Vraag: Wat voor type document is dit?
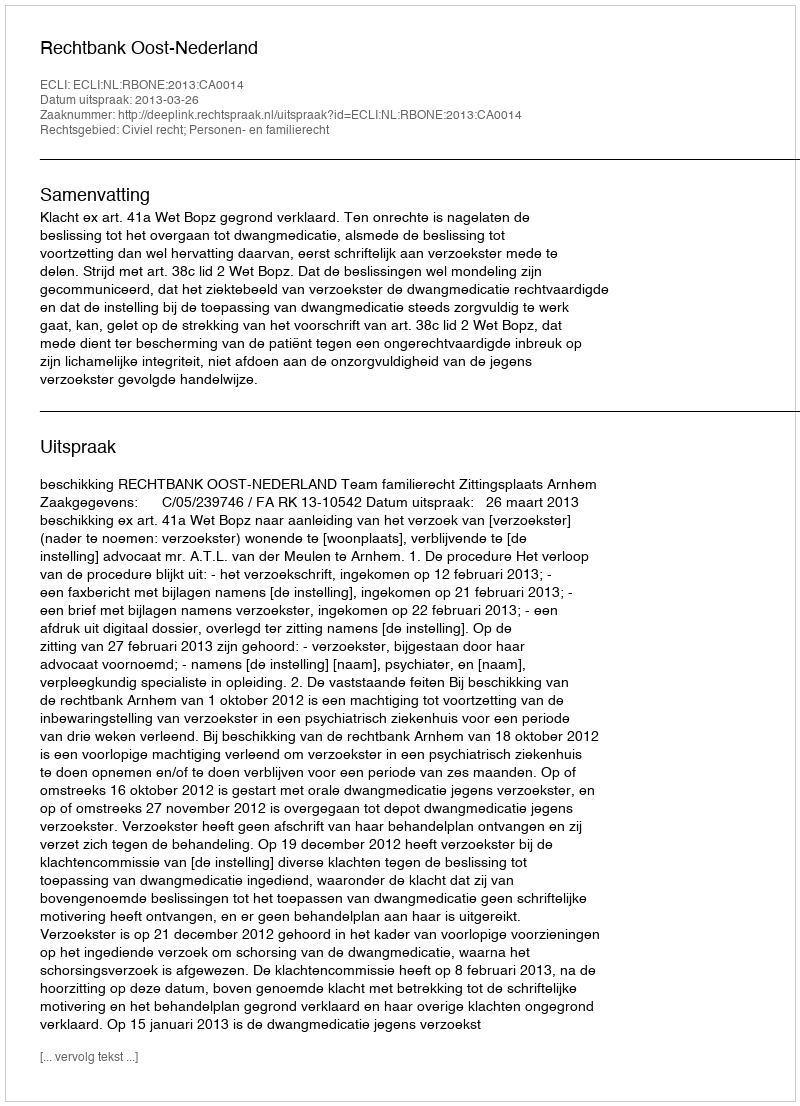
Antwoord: Uitspraak